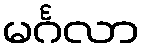
မင်္ဂလာ